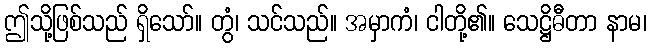
ဤသို့ဖြစ်သည် ရှိသော်။ တွံ၊ သင်သည်။ အမှာကံ၊ ငါတို့၏။ သေဋ္ဌိဓီတာ နာမ၊